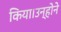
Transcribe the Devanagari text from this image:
किया।उन्होने